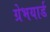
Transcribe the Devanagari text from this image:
ग्रेभयार्ड